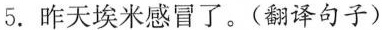
5.昨天埃米感冒了。(翻译句子)